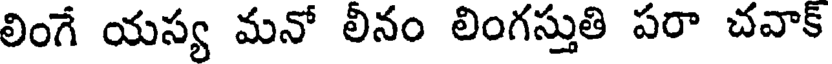
లింగే యస్య మనో లీనం లింగస్తుతి పరా చవాక్